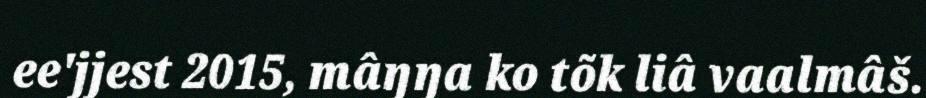
ee'jjest 2015, mâŋŋa ko tõk liâ vaalmâš.